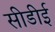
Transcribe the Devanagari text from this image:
सीडीई